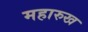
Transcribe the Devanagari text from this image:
महारुख